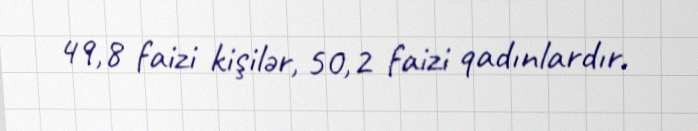
49,8 faizi kişilər, 50,2 faizi qadınlardır.